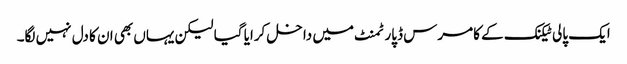
ایک پالی ٹیکنک کے کامرس ڈپارٹمنٹ میں داخل کرایا گیا لیکن یہاں بھی ان کا دل نہیں لگا۔